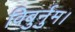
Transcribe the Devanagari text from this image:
विबुर्नुम।